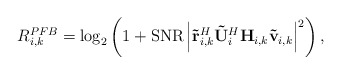
\begin{align*}R_{i,k}^{PFB}=\log_{2}\left(1+\mathrm{SNR}\left|\mathbf{\tilde{r}}_{i,k}^{H}\mathbf{\tilde{U}}_{i}^{H}\mathbf{H}_{i,k}\mathbf{\tilde{v}}_{i,k}\right|^{2}\right),\end{align*}